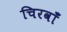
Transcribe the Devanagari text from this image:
चिरवाँ